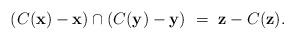
LaTeX: \begin{align*}(C(\mathbf{x}) - \mathbf{x}) \cap (C(\mathbf{y}) - \mathbf{y})\ =\ \mathbf{z} - C(\mathbf{z}).\end{align*}